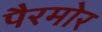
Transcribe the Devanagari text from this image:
पैरमोर